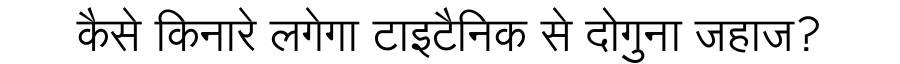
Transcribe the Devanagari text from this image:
कैसे किनारे लगेगा टाइटैनिक से दोगुना जहाज?